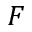
F